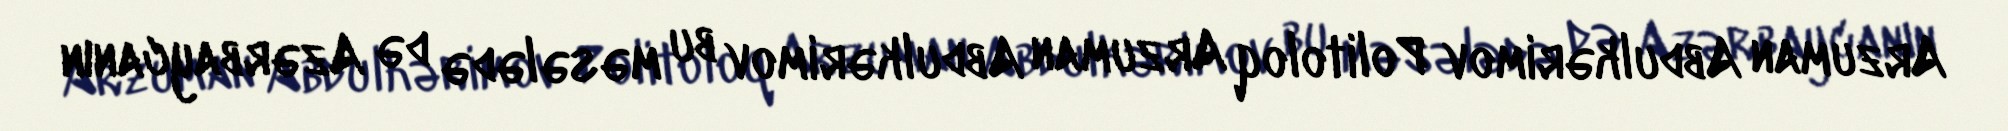
Arzuman Abdulkərimov Politoloq Arzuman Abdulkərimov bu məsələdə də Azərbaycanın